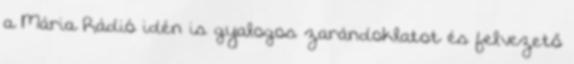
a Mária Rádió idén is gyalogos zarándoklatot és felvezető